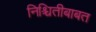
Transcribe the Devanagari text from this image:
निश्चितीबाबत